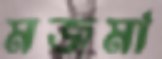
মজমা